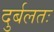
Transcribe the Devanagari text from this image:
दुर्बलतः